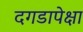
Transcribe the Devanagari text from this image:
दगडापेक्षा